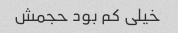
خیلی کم بود حجمش